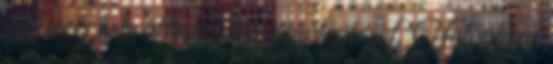
míg meg nem álltam előtte egy lépéssel. Nah akkor